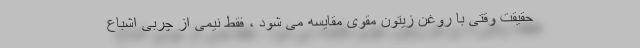
حقیقت وقتی با روغن زیتون مقوی مقایسه می شود ، فقط نیمی از چربی اشباع